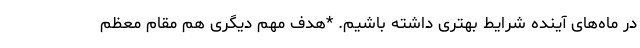
در ماه‌های آینده شرایط بهتری داشته باشیم. *هدف مهم دیگری هم مقام معظم